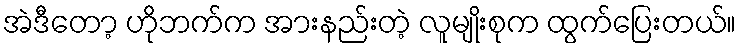
အဲဒီတော့ ဟိုဘက်က အားနည်းတဲ့ လူမျိုးစုက ထွက်ပြေးတယ်။